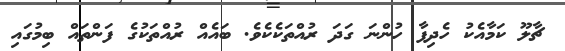
ޗާލޫ ކަމާއެކު ހެދިފާ ހުންނަ ގަދަ ރުއްތަކެކެވެ. ބައެއް ރުއްތަކުގެ ފަންތައް ބިމުގައި